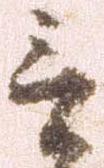
言